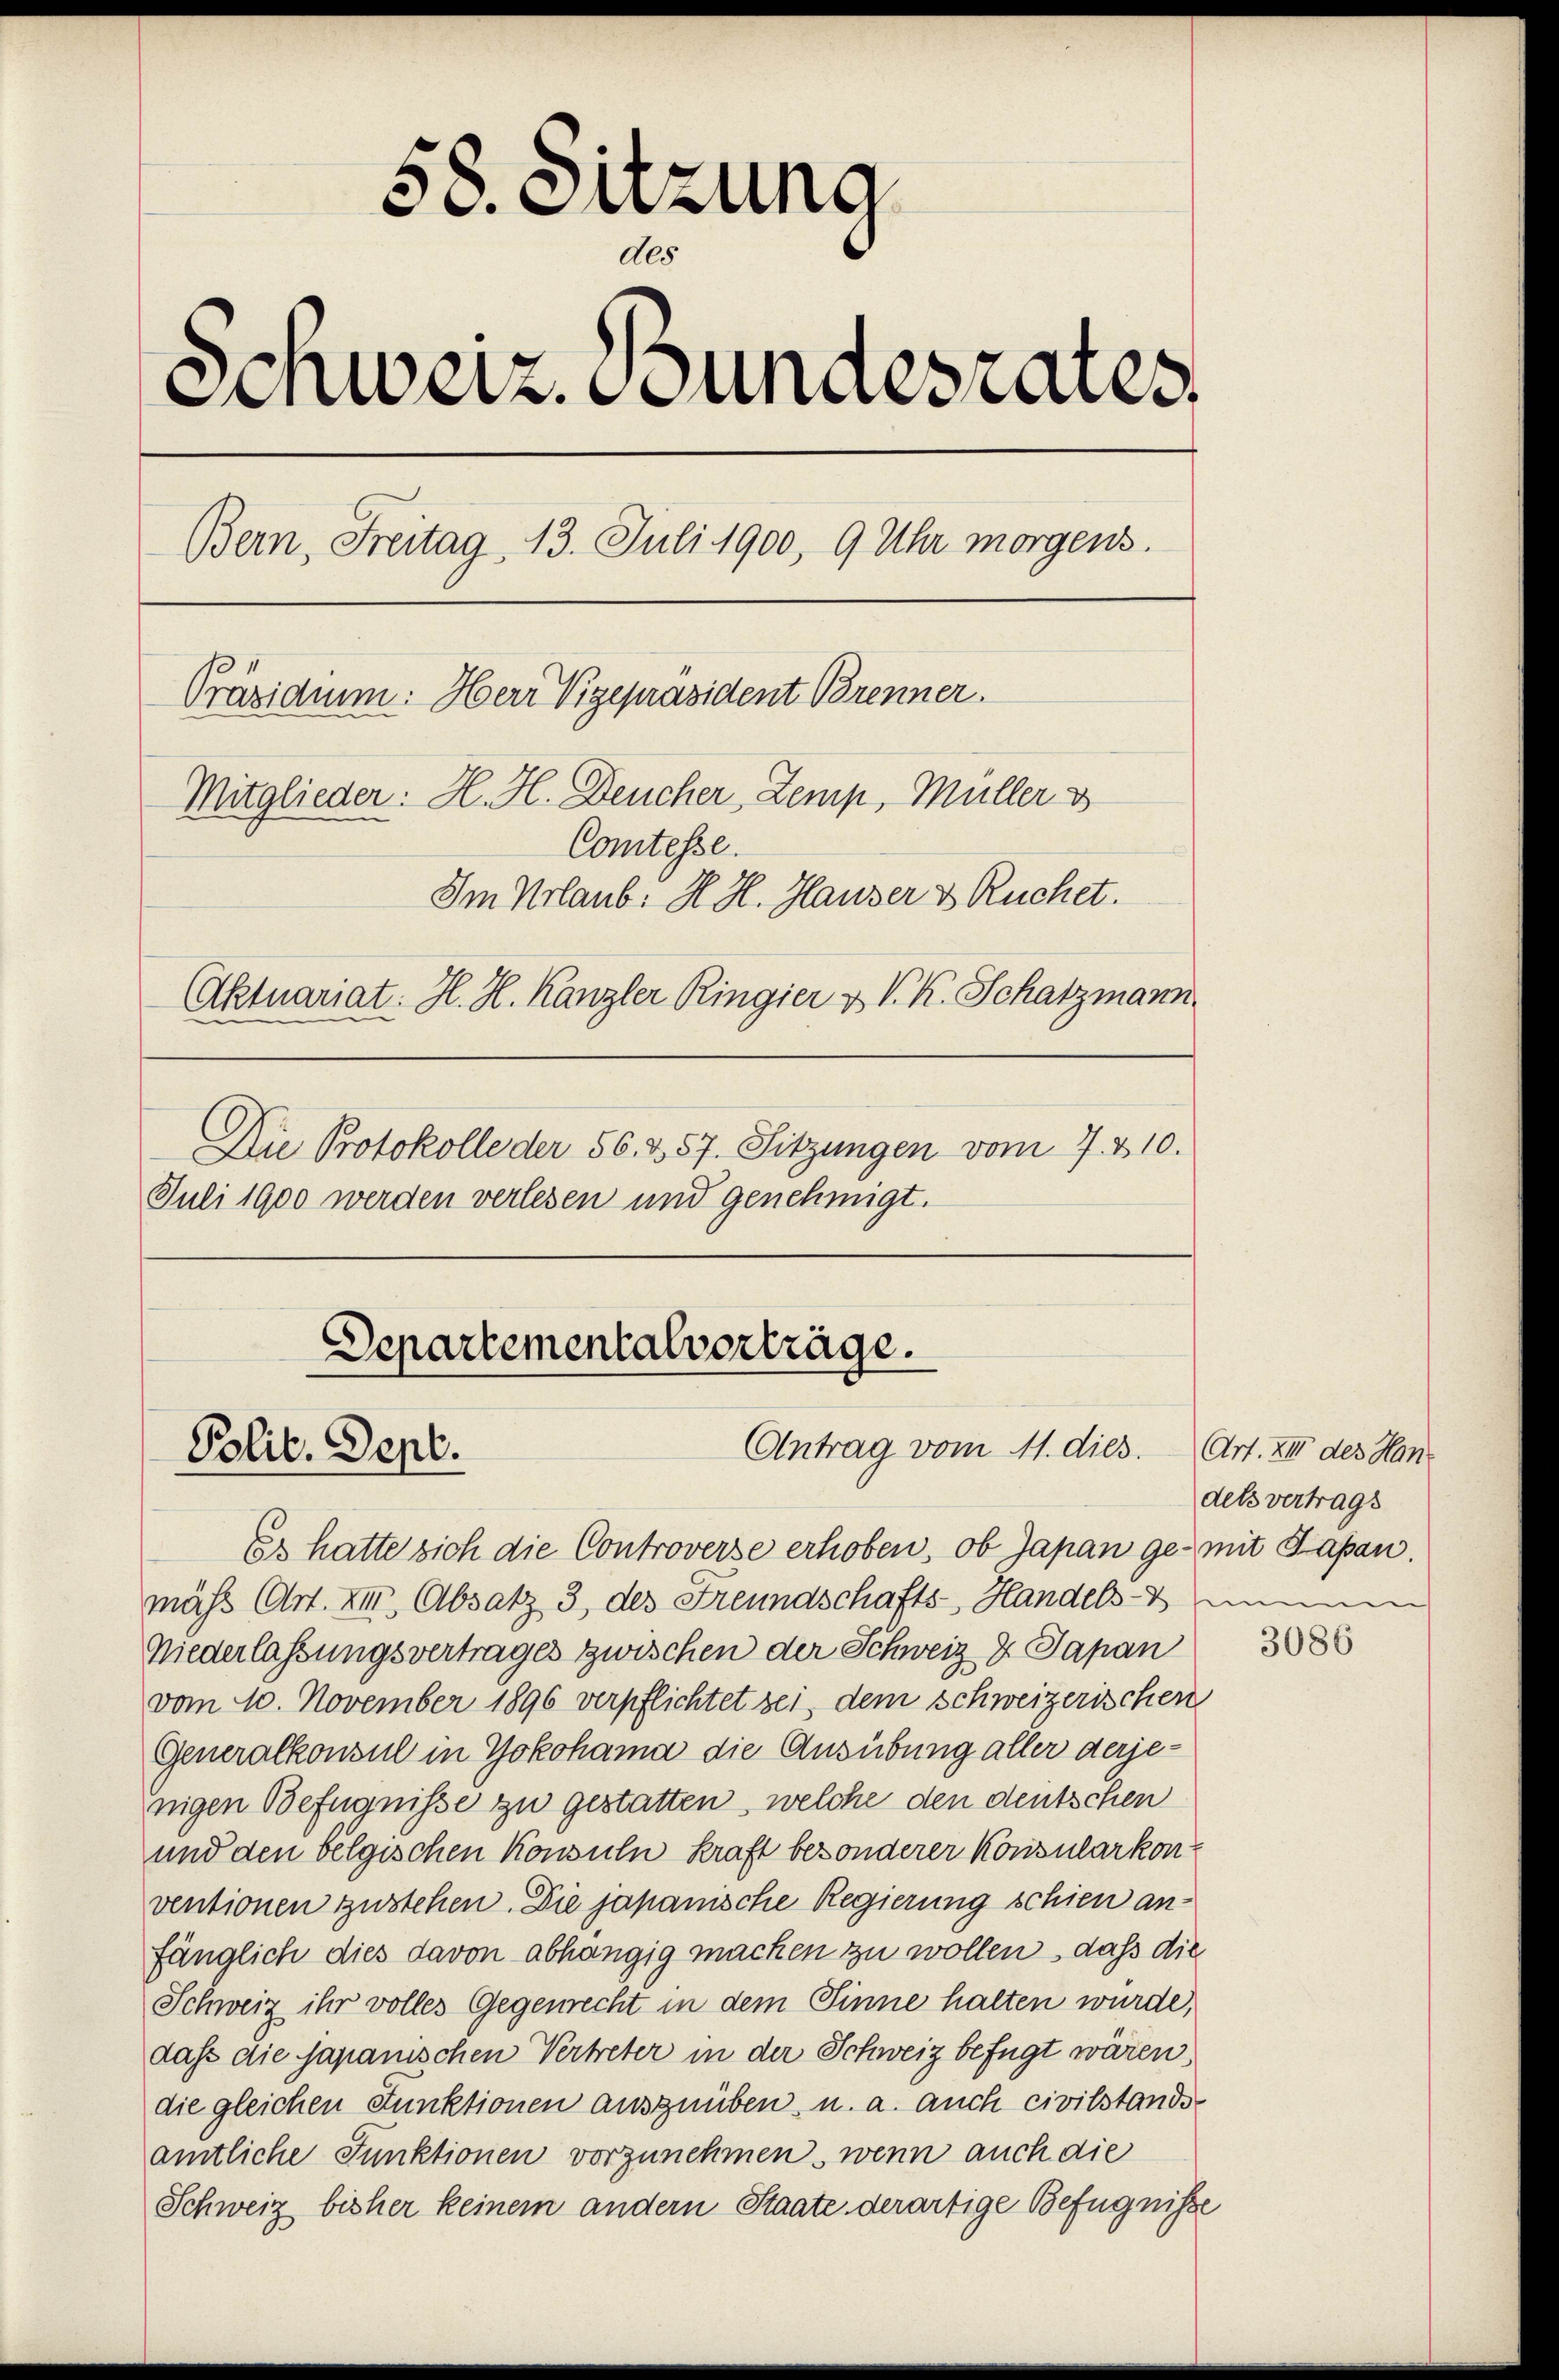
j
c. Sitzung
de.
Schweiz. Bundesrates
Bern, Freitag. 13. Juli 1900, 9 Uhr morgens.
Präsidium: Herr Vizepräsident Brenner.
Mitglieder: H. H. Deucher, Zemp, Müller v
Comtesse.
Im Urlaub. H. H. Hauser & Ruchet.
Aktuariat. H. H. Kanzler Ringier & V. K. Schatzmann
Die Protokolle der 56. & 57. Sitzungen vom 7. 310.

Juli 1900 werden verlesen und genehmigt.

Departementalvorträge.
Antrag vom 11. dies. (Art. XII des Han¬
Polit. Sept.

Es hatte sich die Controverse erhoben, ob Japan ge- mit Sapan.
mäß Art. XII. Absatz 3, des Freundschafts-, Handelskammen
Niederlassungsvertrages zwischen der Schweiz & Japan
vom 10. November 1896 verpflichtet sei, dem schweizerischen
Generalkonsul in Yokohama die Ausübung aller derjenigen Befugnisse zu gestatten, welche den deutschen
und den belgischen Konsuln kraft besonderer Konsularkon
ventionen zustehen. Die japanische Regierung schien anfänglich dies davon abhängig machen zu wollen, daß die
Schweiz ihr volles Gegenrecht in dem Sinne halten wurde,
daß die Japanischen Vertreter in der Schweiz befügt wären,
die gleichen Funktionen auszuüben, u. a. auch civilstands
amtliche Funktionen vorzunehmen, wenn auch die
Schweiz bisher keinem andern Staate derartige Befugnisse

dets vertrags

3086